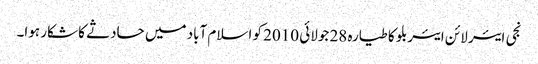
نجی ایئر لائن ایئربلو کا طیارہ 28 جولائی 2010 کو اسلام آباد میں حادثے کا شکار ہوا۔